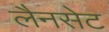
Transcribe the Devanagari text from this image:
लैनसेट